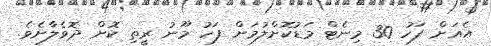
އެއަށް ފަހު 30 މިނެޓް މަޑުކޮށްލުމަށް ފަހު މޫނު ރީތި ކޮށް ދޮވެލާށެވެ.